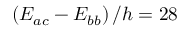
\left( E _ { a c } - E _ { b b } \right) / h = 2 8